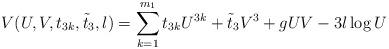
LaTeX: \begin{align*}V(U,V,t_{3k},\tilde{t}_{3},l)=\sum_{k=1}^{m_{1}}t_{3k}U^{3k}+\tilde{t}_{3}V^{3}+gUV-3l\log U\end{align*}